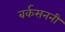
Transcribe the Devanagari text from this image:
बर्कसननी